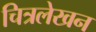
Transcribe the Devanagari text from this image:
चित्रलेखन